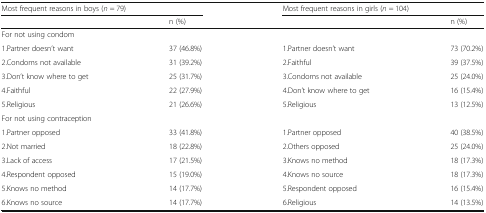
| <COLSPAN=2> Most frequent reasons in boys (n = 79) | <COLSPAN=2> Most frequent reasons in girls (n = 104) |
 |  | n (%) |  | n (%) |
 | --- | --- | --- | --- |
 | <COLSPAN=4> For not using condom |
 | 1.Partner doesn’t want | 37 (46.8%) | 1.Partner doesn’t want | 73 (70.2%) |
 | 2.Condoms not available | 31 (39.2%) | 2.Faithful | 39 (37.5%) |
 | 3.Don’t know where to get | 25 (31.7%) | 3.Condoms not available | 25 (24.0%) |
 | 4.Faithful | 22 (27.9%) | 4.Don’t know where to get | 16 (15.4%) |
 | 5.Religious | 21 (26.6%) | 5.Religious | 13 (12.5%) |
 | <COLSPAN=4> For not using contraception |
 | 1.Partner opposed | 33 (41.8%) | 1.Partner opposed | 40 (38.5%) |
 | 2.Not married | 18 (22.8%) | 2.Others opposed | 25 (24.0%) |
 | 3.Lack of access | 17 (21.5%) | 3.Knows no method | 18 (17.3%) |
 | 4.Respondent opposed | 15 (19.0%) | 4.Knows no source | 18 (17.3%) |
 | 5.Knows no method | 14 (17.7%) | 5.Respondent opposed | 16 (15.4%) |
 | 6.Knows no source | 14 (17.7%) | 6.Religious | 14 (13.5%) |